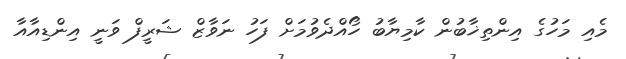
މެއި މަހުގެ އިންތިޚާބުން ކާމިޔާބު ހޯއްދެވުމަށް ފަހު ނަވާޒް ޝަރީފް ވަނީ އިންޑިއާއާ